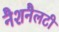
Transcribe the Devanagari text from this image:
नैशनैलटी